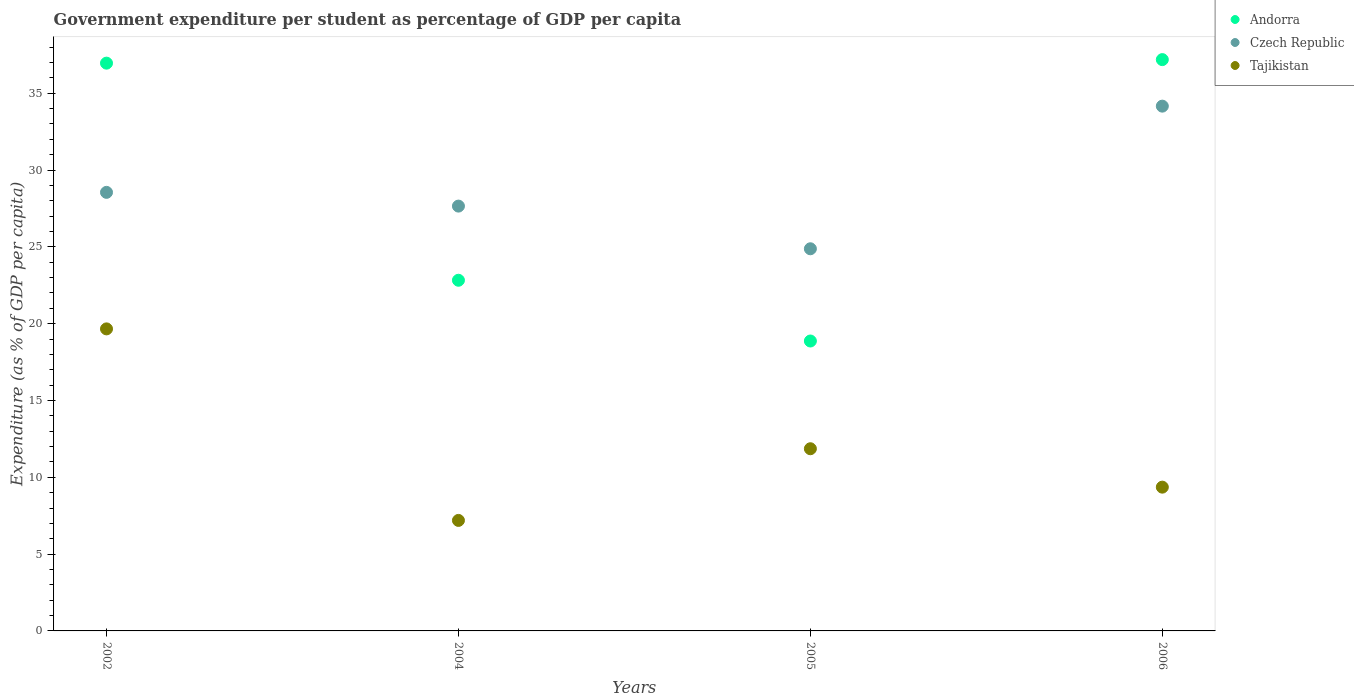
| Years | Andorra | Czech Republic | Tajikistan |
 | --- | --- | --- | --- |
 | 2002 | 37 | 28.5 | 19.7 |
 | 2004 | 22.8 | 27.7 | 7.19 |
 | 2005 | 18.9 | 24.9 | 11.9 |
 | 2006 | 37.2 | 34.2 | 9.36 |